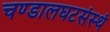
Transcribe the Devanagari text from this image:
चण्डालघटसंस्थं